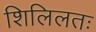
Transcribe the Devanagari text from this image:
शिलिलतः